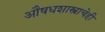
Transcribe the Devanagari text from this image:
औषधशास्त्राचेही